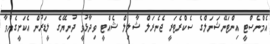
އެމްނެސްޓީ އިންޓަނޭޝަނަލްގެ ސެކްރެޓަރީ ޖެނެރަލް ޝާލިލް ޝެއްޓީ ވިދާޅުވީ ދުނިޔޭގެ ލީޑަރުން އެކަށީގެންވާ